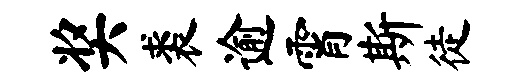
奖裘逾霄斯徒